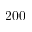
2 0 0